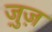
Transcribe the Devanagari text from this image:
ज़ुज़